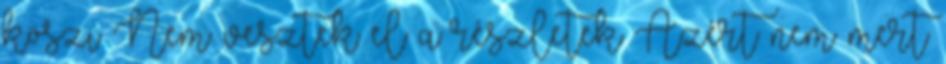
köszi Nem vesztek el a részletek Azért nem mert